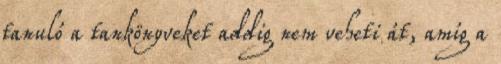
tanuló a tankönyveket addig nem veheti át, amíg a